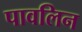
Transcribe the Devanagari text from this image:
पावलिन